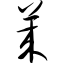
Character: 莱